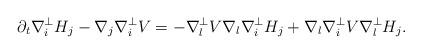
LaTeX: \begin{align*}\partial_t \nabla_i^\perp H_j-\nabla_j\nabla_i^\perp V=-\nabla_l^\perp V\nabla_l \nabla_i^\perp H_j +\nabla_l\nabla_i^\perp V \nabla_l^\perp H_j.\end{align*}